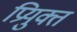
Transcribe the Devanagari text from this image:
प्रियुक्त